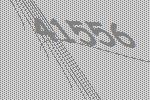
41556